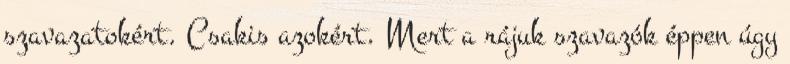
szavazatokért. Csakis azokért. Mert a rájuk szavazók éppen úgy